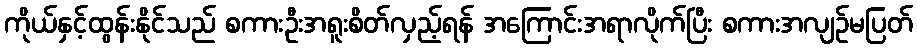
ကိုယ်နှင့်ထွန်းနိုင်သည် စကားဦးအရူးစိတ်လှည့်ရန် အကြောင်းအရာလိုက်ပြီး စကားအလျဉ်မပြတ်